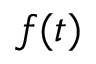
f ( t )